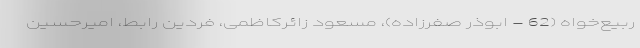
ربیع‌خواه (62 - ابوذر صفرزاده)، مسعود زائرکاظمی، فردین رابط، امیرحسین